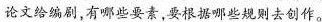
论文给编剧.有哪些要意,要根据哪些规则去创作。